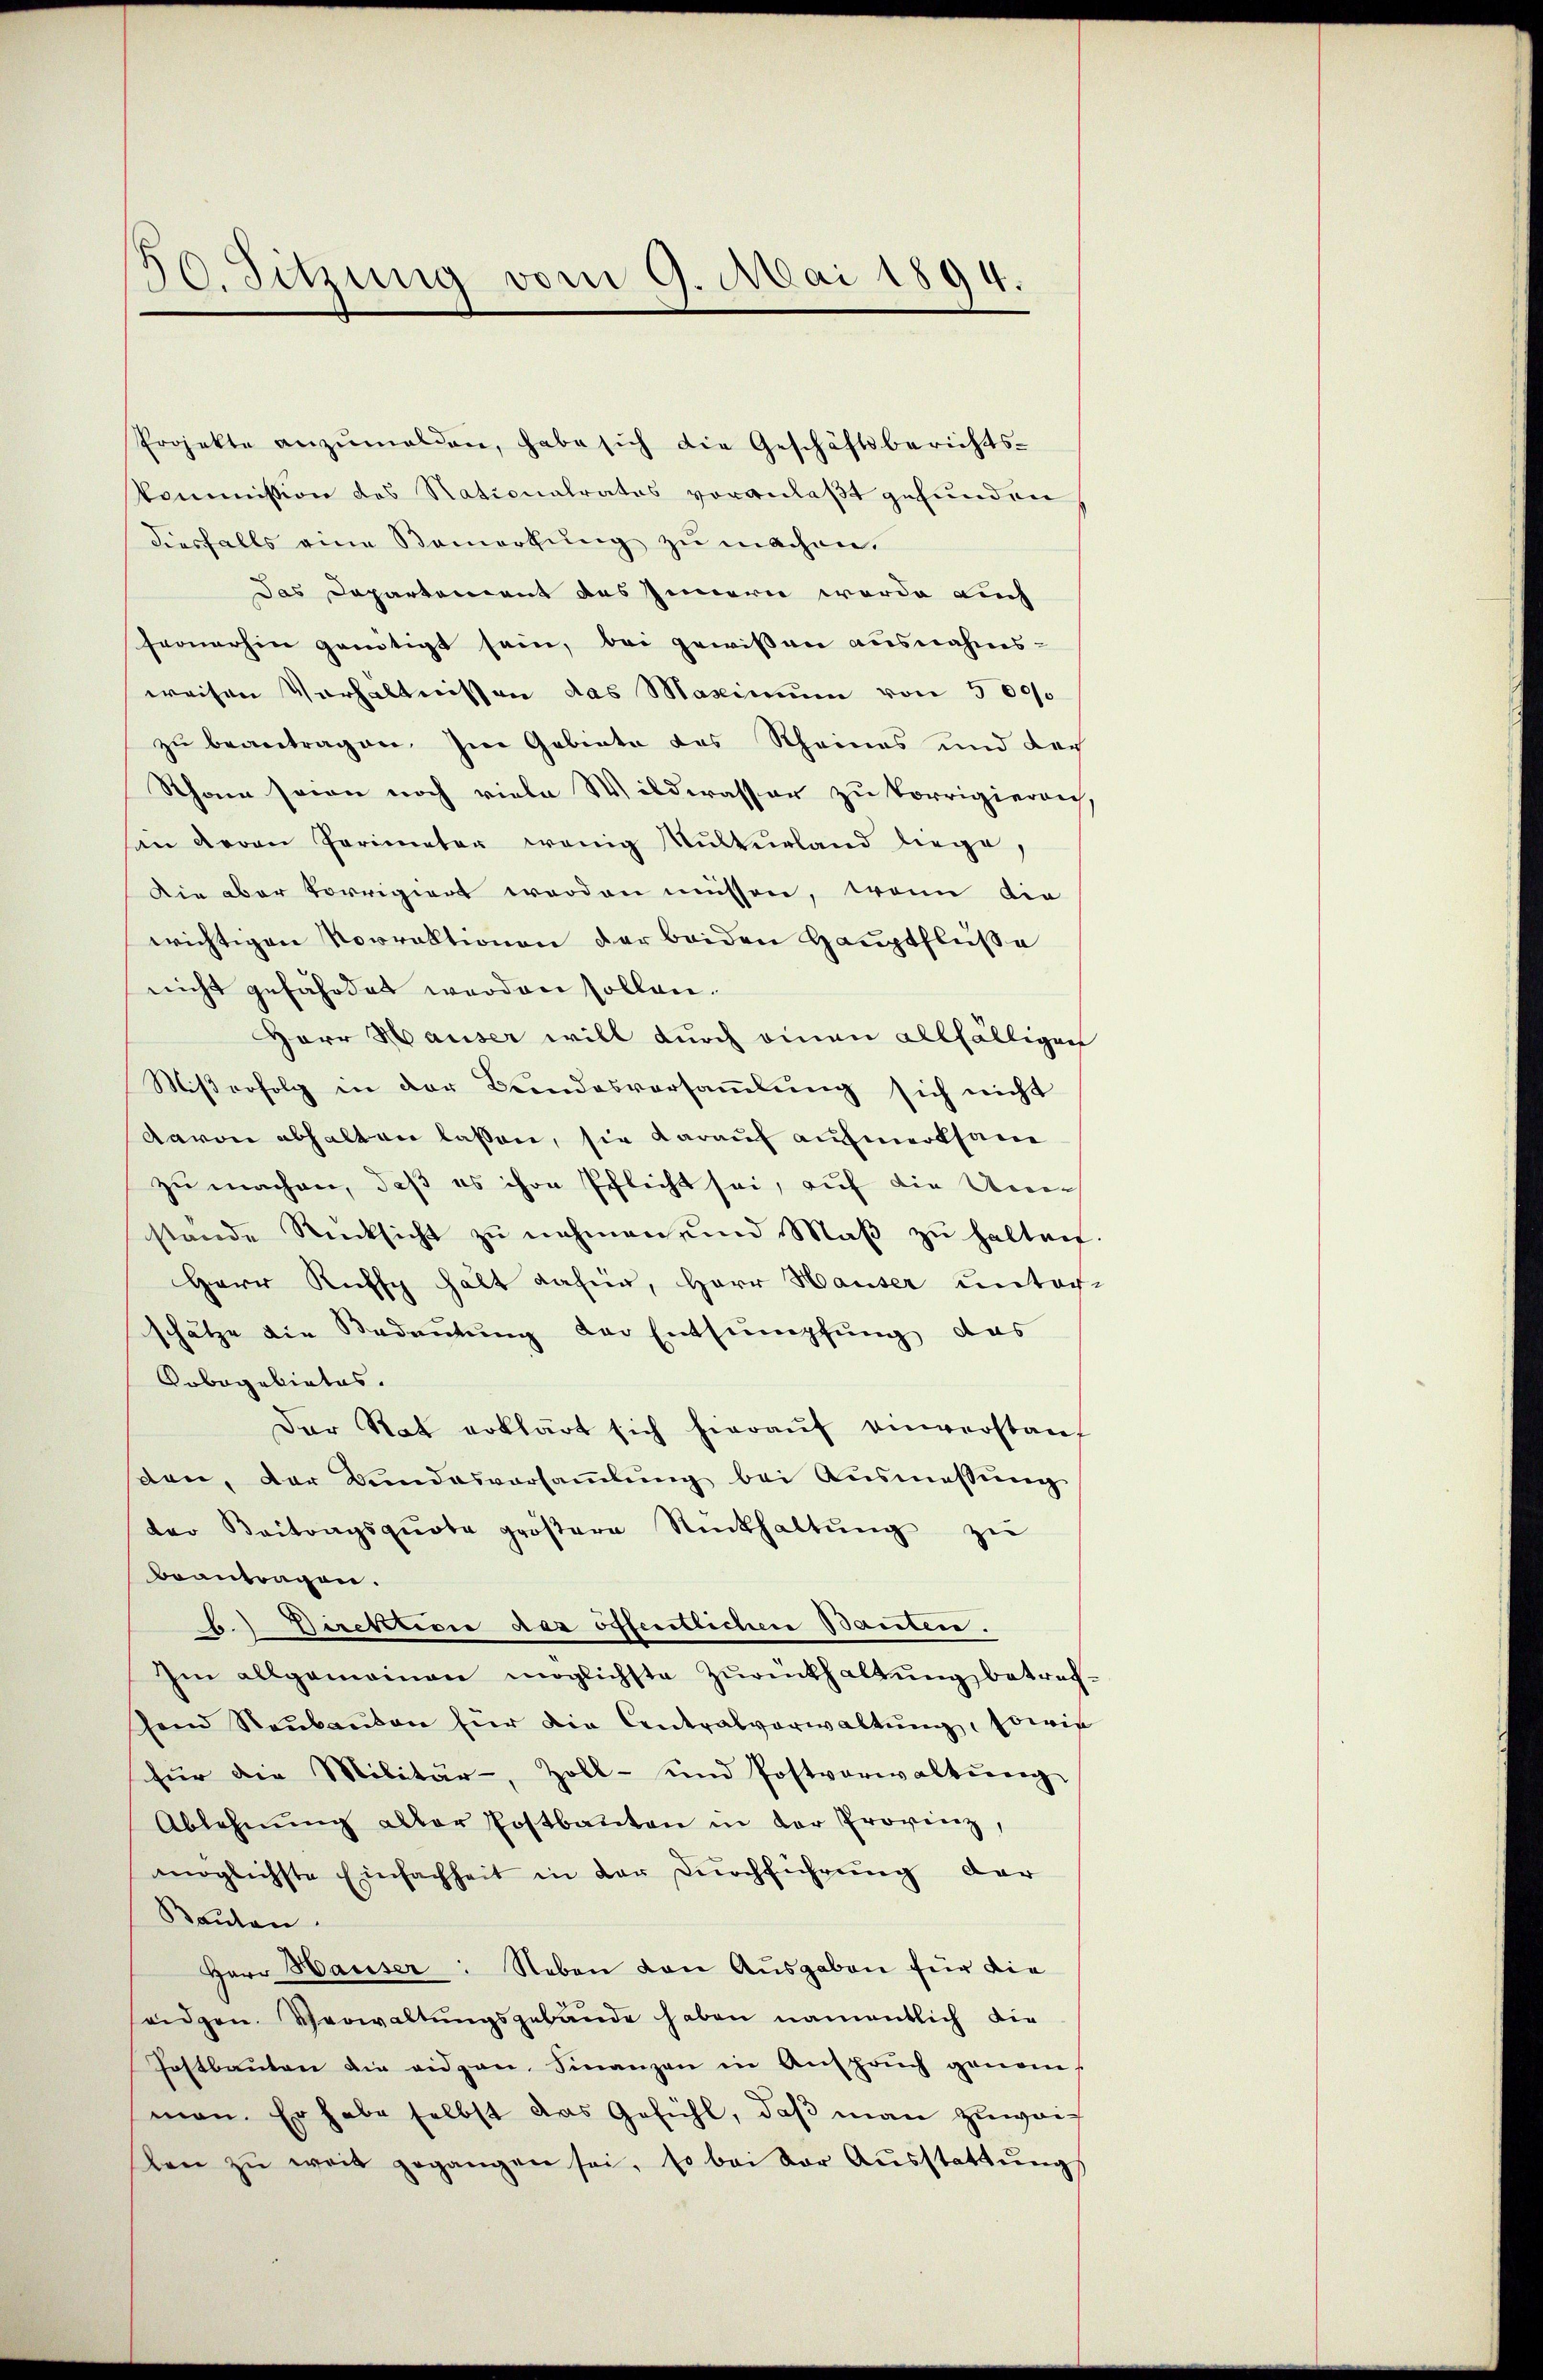
30. Sitzung vom 9. Mai 1894.

Projekte anzŭmalden, habe sich die Geschäftsberichts-
kommission des Nationalrates voranlaßt gefunden
diesfalls eine Bemerkung zu machen.
Das Departement des Innern werde auch
fernerhin genötigt sein, bei gewißen ausnahms-
weisen Verhältnissen das Maximum von 5000
zu beantragen. Im Gebiete des Rheines und doch
Sthan seien noch viele Wilderasser zu korrigieren
son deren Parimeter wenig Multurland liege,
Die aber korrigiert worden müssen, wenn die
wichtigen Vorrektionen der beiden Hauptfluße
nicht gefährdet werden sollen.
Herr Hauser will durch einen allfälligen
Mißerfolg in der Bundesversaṁlŭng sich nicht
davon abhalten lassen, sie darauf aufmerksam
zu machen, daß es ihre Pflicht sei, auf die Uner
stande Rücksicht zŭ nehmen und Maβ zŭ halten
Herr Ruff hält dahier, Herr Hauser unter-
schätze die Bedeutung der Entsumpfung, das
Pobagebietes.
Der Rat erklärt sich hieraŭf einverstanz
den, der Bundesversaṁlŭng bei Aŭsmassŭng
der Beitragsquote gröβere Rückhaltŭng zŭ
beantragen.
h. Direktion das öffentlichen Bauten.
Im allgemeinen möglichste Zŭrückhaltŭng betrefhend Raŭbaŭten für die Centralverwaltŭng, sowie
für die Militär-, Zoll- und Postverwaltŭng
Ablehnŭng aller Postbaŭten in der Provinz,
möglichste Einfachheit in der Durchführung der
Bauten.
Herr Hauser: Neben von Ausgaben für die
seidgen. Verwaltungsgebäude haben namentlich die
Postbauten die viden Finanzen in Anspruch genom
man. Er habe selbst das Gefühl, daß man zuweilen zŭ weit gegangen sei, so bei der Aŭsstattŭng